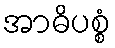
အာဓိပစ္စံ